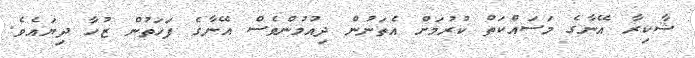
ޝާކިރާ އޭނާގެ މަސައްކަތް ކުރުމަށް އެތަނުން ދިއުމުންވެސް އޭނާގެ ފަހަތުން ޒުހާ ދިޔައެވެ.